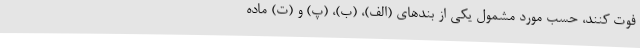
فوت کنند، حسب مورد مشمول یکی از بندهای (الف)، (ب)، (پ) و (ت) ماده